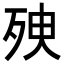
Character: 𣧴